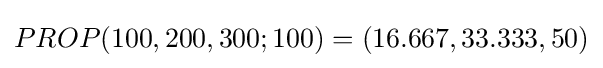
PROP(100,200,300;100)=(16.667,33.333,50)